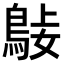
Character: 𪀺